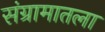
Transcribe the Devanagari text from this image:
संग्रामातला